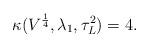
LaTeX: \begin{align*} \kappa(V^{\frac{1}{4}}, \lambda_1,\tau_L^2)= 4. \end{align*}